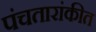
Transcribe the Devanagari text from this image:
पंचतारांकीत